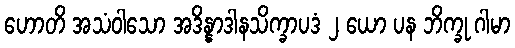
ဟောတိ အသံဝါသော အဒိန္နာဒါနသိက္ခာပဒံ ၂ ယော ပန ဘိက္ခု ဂါမာ